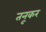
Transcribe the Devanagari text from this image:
तनूकर